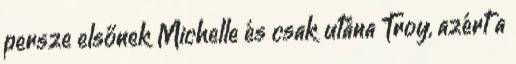
persze elsőnek Michelle és csak utána Troy, azért a